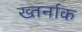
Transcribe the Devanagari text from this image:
ख्तर्नाक